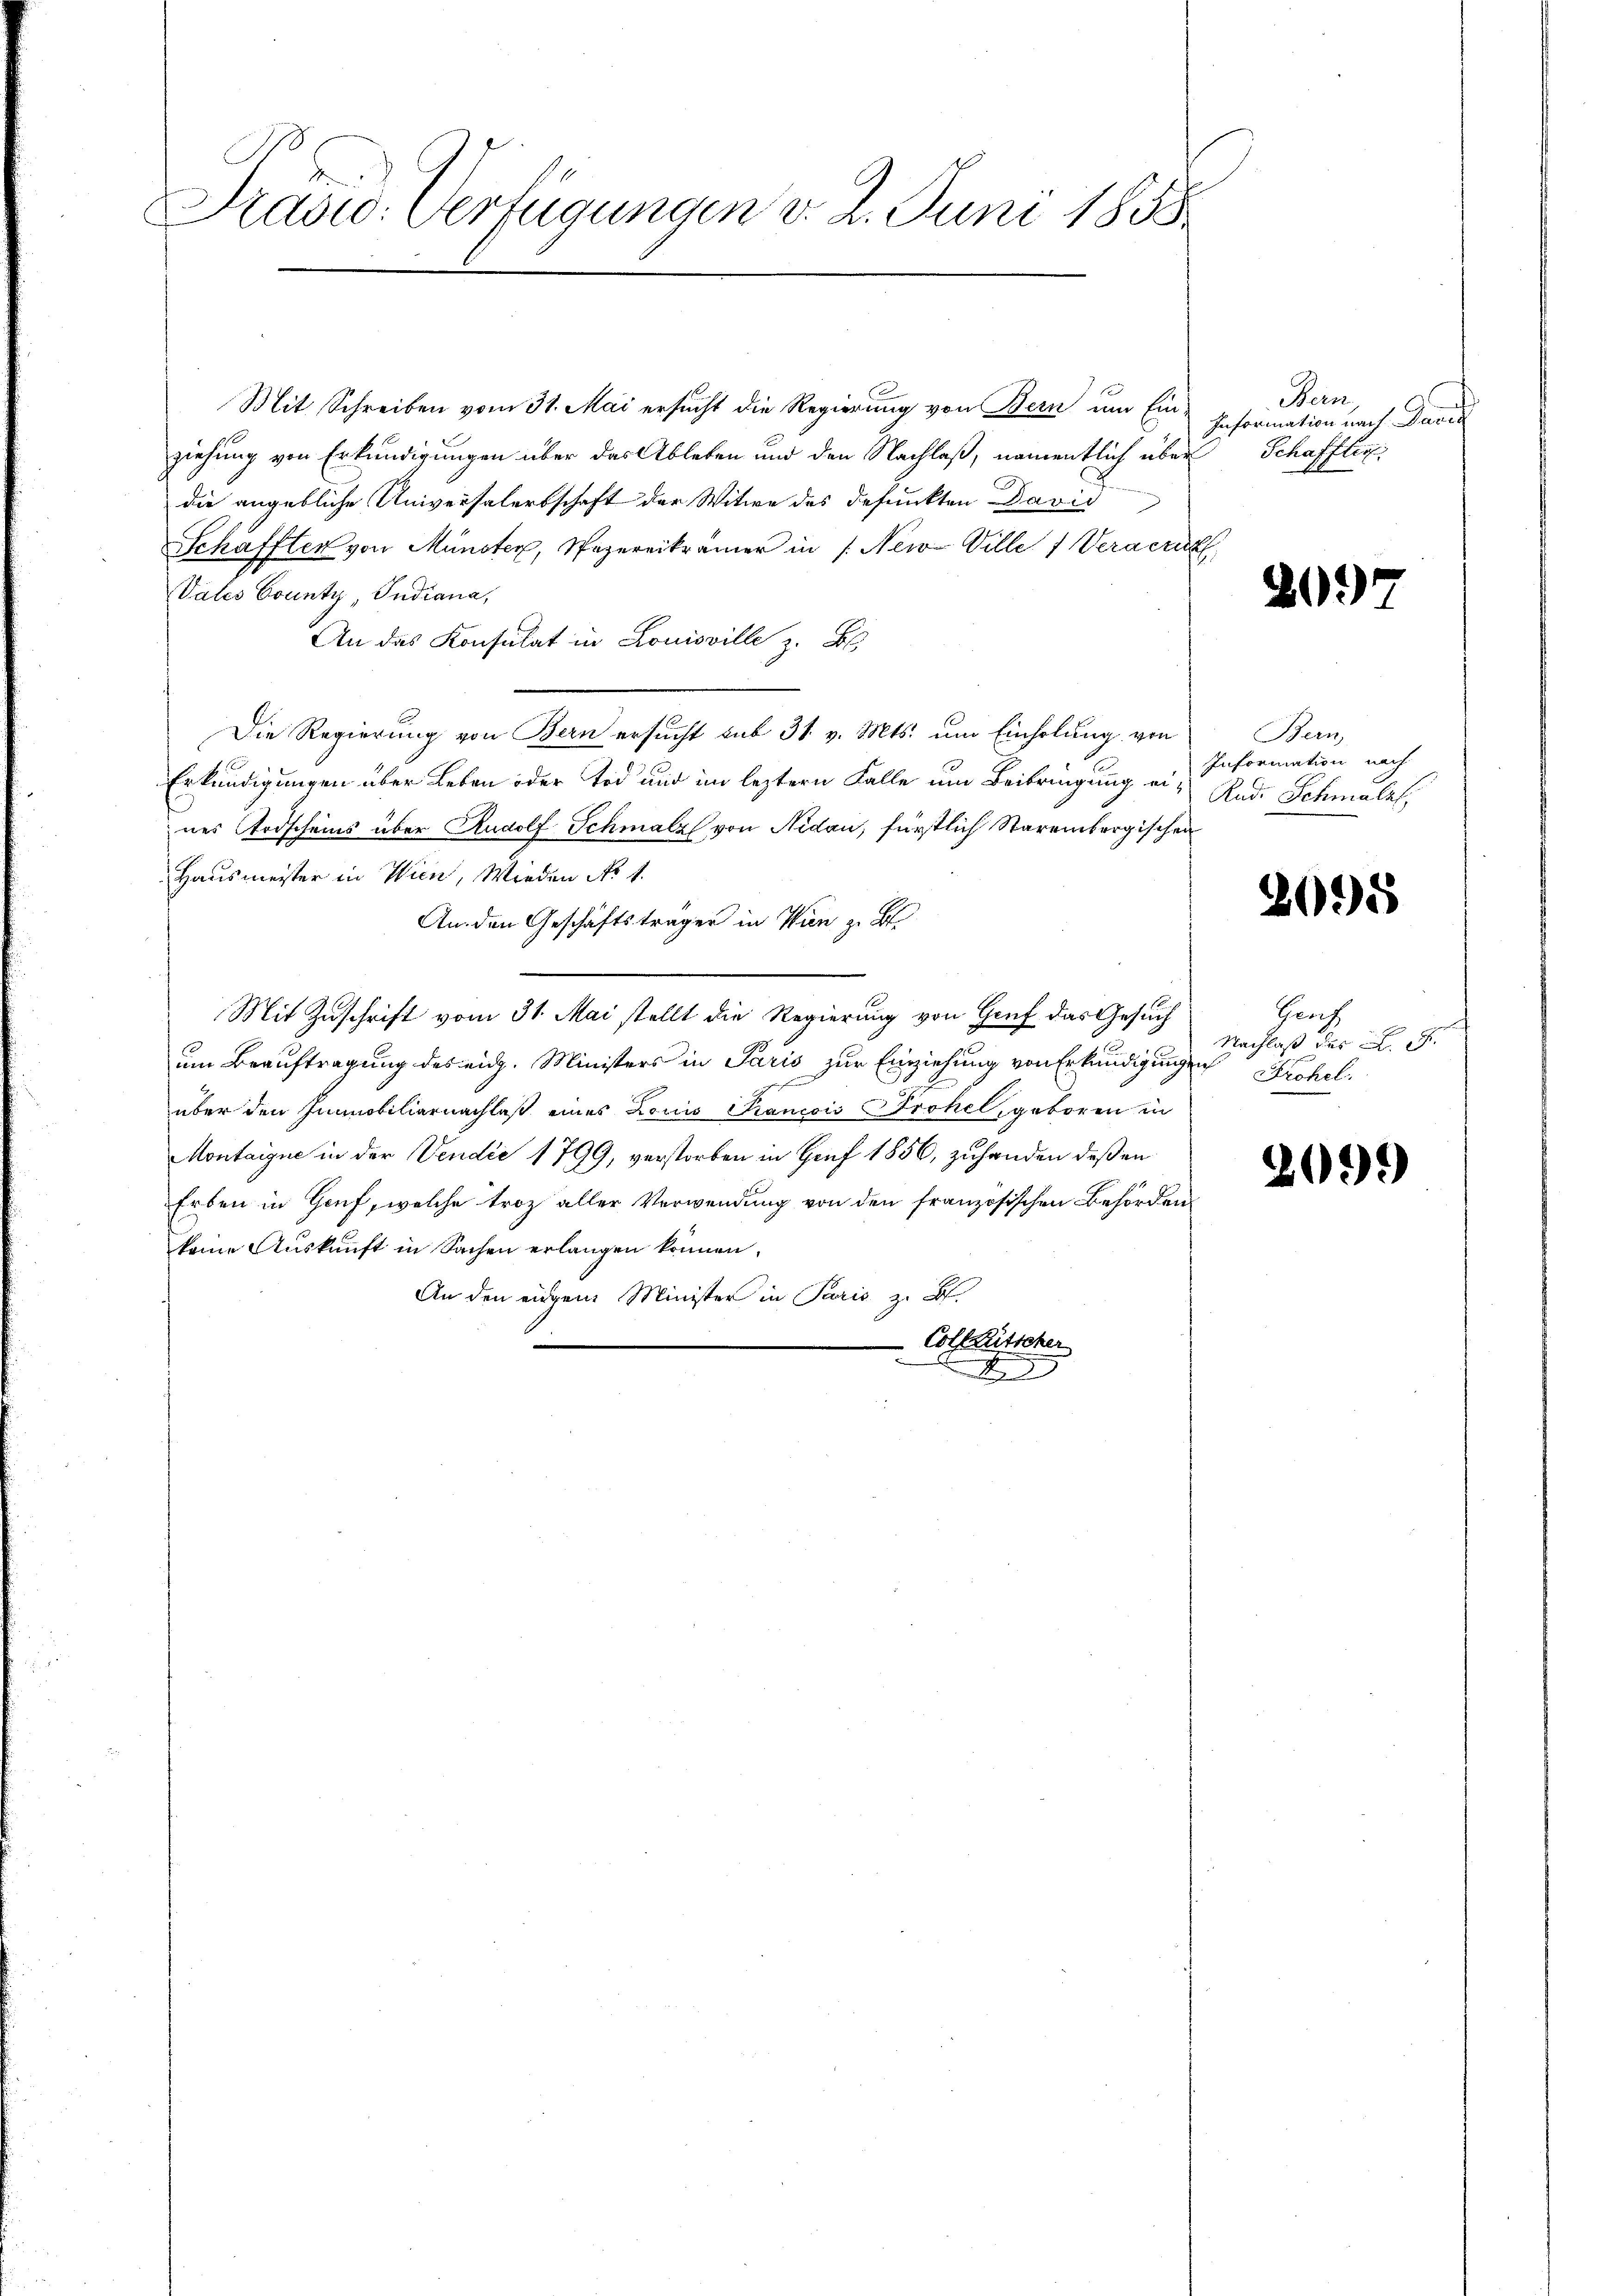
Prasw: Verfügungen v. 2. Juni 1858

Mit Schreiben vom 31. Mai ersucht die Regierung von Bern um Ein-
ziehung von Erkundigungen über das Ableben und den Nachlaß, namentlich über
die angebliche Universalerbschaft der Witwe des defunkten David
Schafften von Münster, Spezereikramer in /: New-Ville 7 Veraeri
Vales County, Indiana,
An das Konsulat in Louisville z. B.
Die Regierung von Bern ersucht sub 31. v. Mts. um Einholung von Bern,
Erkundigungen über Leben oder Tod und im leztern Falle um Beibringung eines Todscheins über Rudolf Schmalz von Nidau, fürstlich Stareinbergischen
Hausmeister in Wien, Wieden No 1.
An den Geschäftsträger in Wien z. B.
Mit Zuschrift vom 31. Mai stellt die Regierung von Gruf das Gesuch
um Beauftragung des eidg. Ministers in Paris zur Einziehung von Erkundigung
über den Immobiliarnachlaß eines Louis Francois Frohe, geboren in
Montaigne in der Vendii 1799, verstorben in Genf 1856, zuhanden deßen
Erben in Hanf, welche troz aller Verwendung von den französischen Behörden
keine Auskunft in Sachen erlangen können,
An den eingen Minister in Paris z. B.
Colktütscher
2

Nein,
Information nach Paris
Schafflis

209

Information nach
Rud. Schmalzl,

2095

Herf
Nachlaß der L. S
ie
Pröhel.

2099